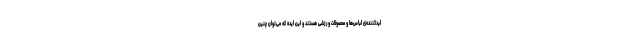
لیدکننده‌ی لباس‌ها و محصولات ورزشی هستند و این ایده که می‌توان چنین